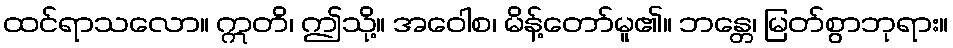
ထင်ရာသလော။ ဣတိ၊ ဤသို့။ အဝေါစ၊ မိန့်တော်မူ၏။ ဘန္တေ၊ မြတ်စွာဘုရား။